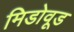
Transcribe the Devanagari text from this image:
मिडोवूड